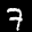
Label: 7